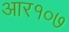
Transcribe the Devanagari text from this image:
आर१०७